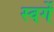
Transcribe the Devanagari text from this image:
स्वर्गे